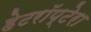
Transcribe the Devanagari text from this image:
हेटरॉप्टेरा